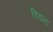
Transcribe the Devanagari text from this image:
डिडन्‍ट